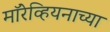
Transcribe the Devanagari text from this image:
मॉरेव्हियनाच्या